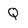
Character: Q